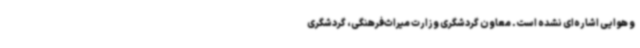
و هوایی اشاره‌ای نشده است. معاون گردشگری وزارت میراث‌فرهنگی، گردشگری